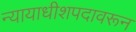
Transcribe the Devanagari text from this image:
न्यायाधीशपदावरून